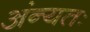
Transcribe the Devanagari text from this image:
अंन्यतः